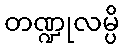
တဏ္ဍုလမ္ပိ